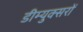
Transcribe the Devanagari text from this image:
डीम्युक्सरों